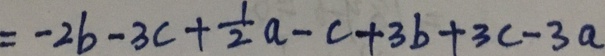
= - 2 b - 3 c + \frac { 1 } { 2 } a - c + 3 b + 3 c - 3 a